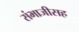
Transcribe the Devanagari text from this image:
संभाजीसह